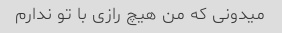
میدونی که من هیچ رازی با تو ندارم